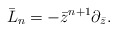
\begin{align*}\bar{L}_{n}=-\bar{z}^{n+1}\partial_{\bar{z}}.\end{align*}